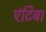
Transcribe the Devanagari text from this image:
एंटिबा